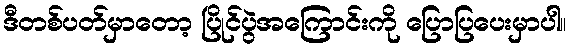
ဒီတစ်ပတ်မှာတော့ ပြိုင်ပွဲအကြောင်းကို ပြောပြပေးမှာပါ။